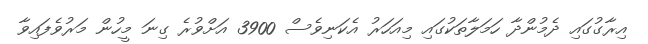
އިރާގުގައި ދެމުންދާ ހަމަލާތަކުގައި މިއަހަރު އެކަނިވެސް 3900 އަށްވުރެ ގިނަ މީހުން މަރުވެފައިވާ